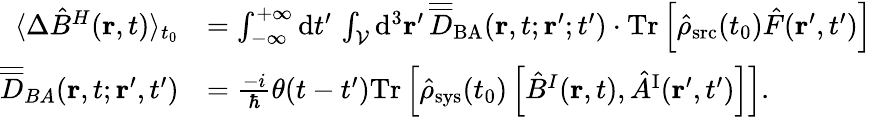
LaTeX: \begin{array}{rl}{\langle\Delta\hat{B}^{H}({\mathbf r},t)\rangle_{t_{0}}}&{=\int_{-\infty}^{+\infty}\mathrm{d}t^{\prime}\, \int_{\cal V}\mathrm{d}^{3}{\mathbf r}^{\prime}\, \overline{{\overline{{D}}}}_{\mathrm{BA}}({\mathbf r},t;{\mathbf r}^{\prime};t^{\prime})\cdot\mathrm{Tr}\left[\hat{\rho}_{\mathrm{src}}(t_{0})\hat{F}({\mathbf r}^{\prime},t^{\prime})\right]}\\ {\overline{{\overline{{D}}}}_{BA}({\mathbf r},t;{\mathbf r}^{\prime},t^{\prime})}&{=\frac{-i}{\hbar}\theta(t-t^{\prime})\mathrm{Tr}\left[\hat{\rho}_{\mathrm{sys}}(t_{0})\left[\hat{B}^{I}({\mathbf r},t),\hat{A}^{\mathrm{I}}({\mathbf r}^{\prime},t^{\prime})\right]\right].}\end{array}